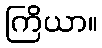
ကြိယာ။